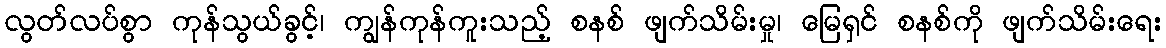
လွတ်လပ်စွာ ကုန်သွယ်ခွင့်၊ ကျွန်ကုန်ကူးသည့် စနစ် ဖျက်သိမ်းမှု၊ မြေရှင် စနစ်ကို ဖျက်သိမ်းရေး